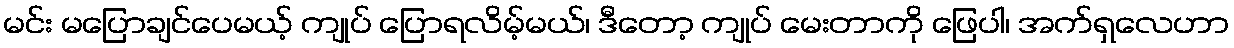
မင်း မပြောချင်ပေမယ့် ကျုပ် ပြောရလိမ့်မယ်၊ ဒီတော့ ကျုပ် မေးတာကို ဖြေပါ၊ အက်ရှလေဟာ